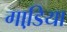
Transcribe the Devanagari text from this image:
गाडि़या